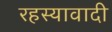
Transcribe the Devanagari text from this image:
रहस्यावादी